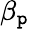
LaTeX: \beta_{\mathtt{p}}